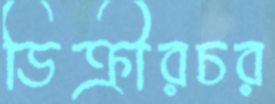
ডিক্রীরচর